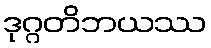
ဒုဂ္ဂတိဘယဿ